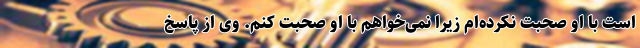
است با او صحبت نکرده‌ام زیرا نمی‌خواهم با او صحبت کنم. وی از پاسخ